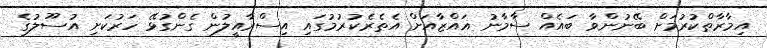
އިމާރާތްކުރުމަށް ބޭނުންވާ ބައެއް ސާމާނު ޣައްޒާއަށް އެތެރެކުރުމުގައި އިސްރާއީލުން ގެންގުޅޭ ހަރުކަށި އުސޫލުގެ